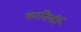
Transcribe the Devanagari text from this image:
कातिर्की